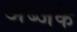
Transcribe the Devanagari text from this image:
अब्जके